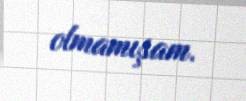
olmamışam.